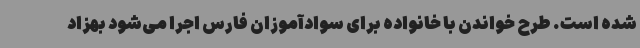
شده است. طرح خواندن با خانواده برای سوادآموزان فارس اجرا می‌شود بهزاد